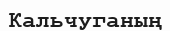
Кальчуганың